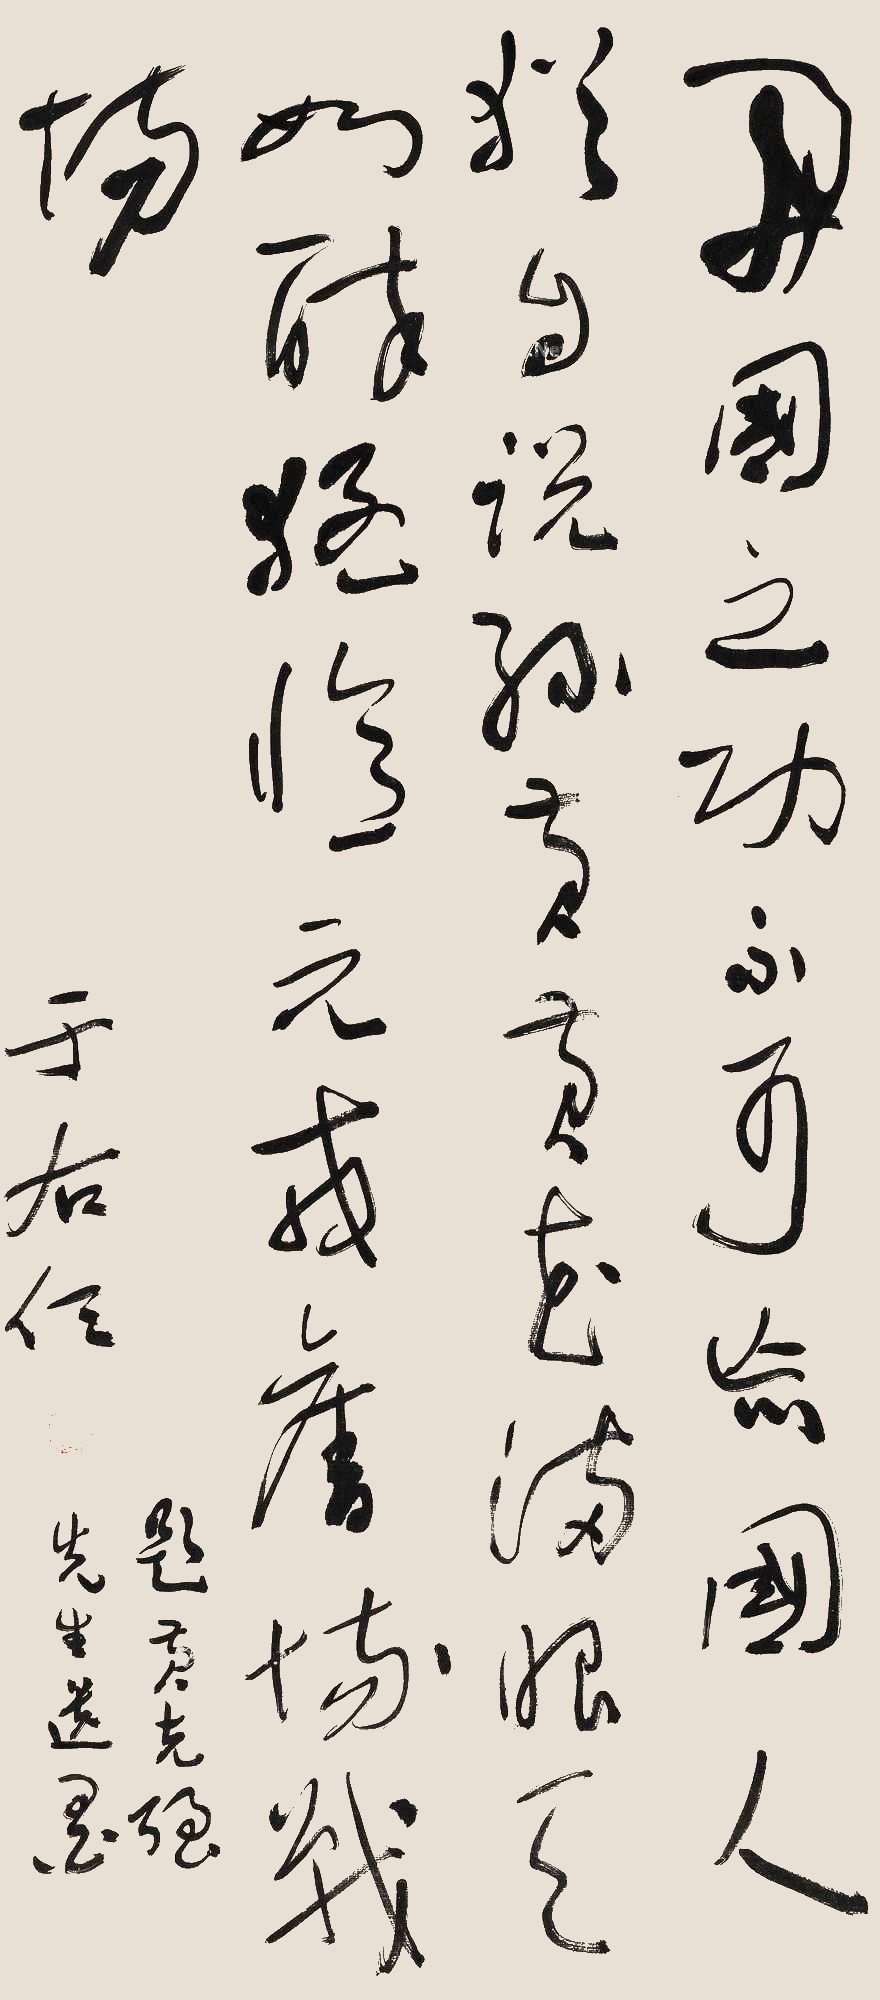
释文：开国之功未可忘，国人犹自说孙黄。黄花满眼天如醉，猛忆元戎旧战场。题黄克强先生遗墨，于右任。